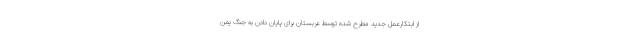
از ابتکارعمل جدید مطرح شده توسط عربستان برای پایان دادن به جنگ یمن